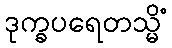
ဒုက္ခပရေတသ္မိံ